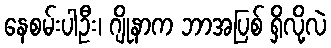
နေစမ်းပါဦး၊ ဂျိုနာက ဘာအပြစ် ရှိလို့လဲ